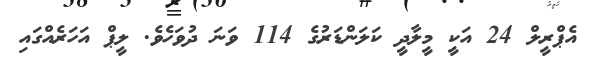
އެޕްރީލް 24 އަކީ މީލާދީ ކަލަންޑަރުގެ 114 ވަނަ ދުވަހެވެ. ލީޕް އަހަރެއްގައި